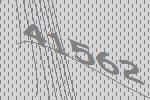
41562